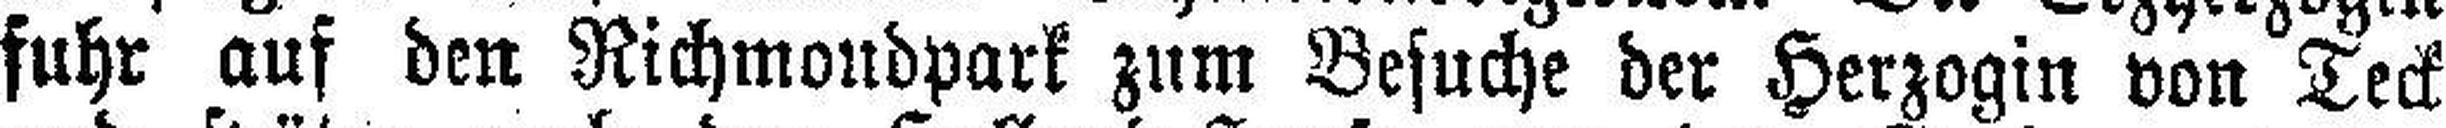
fuhr auf den Richmondpark zum Besuche der Herzogin von Teck